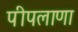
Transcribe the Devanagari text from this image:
पीपलाणा